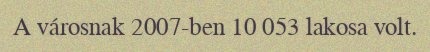
A városnak 2007-ben 10 053 lakosa volt.